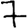
Digit: 7